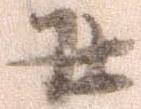
并